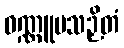
ဝဏ္ဏူပသဉှိတံ